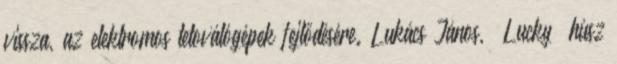
vissza, az elektromos tetoválógépek fejlődésére. Lukács János, „Lucky” húsz